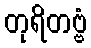
တုရိတဗ္ဗံ